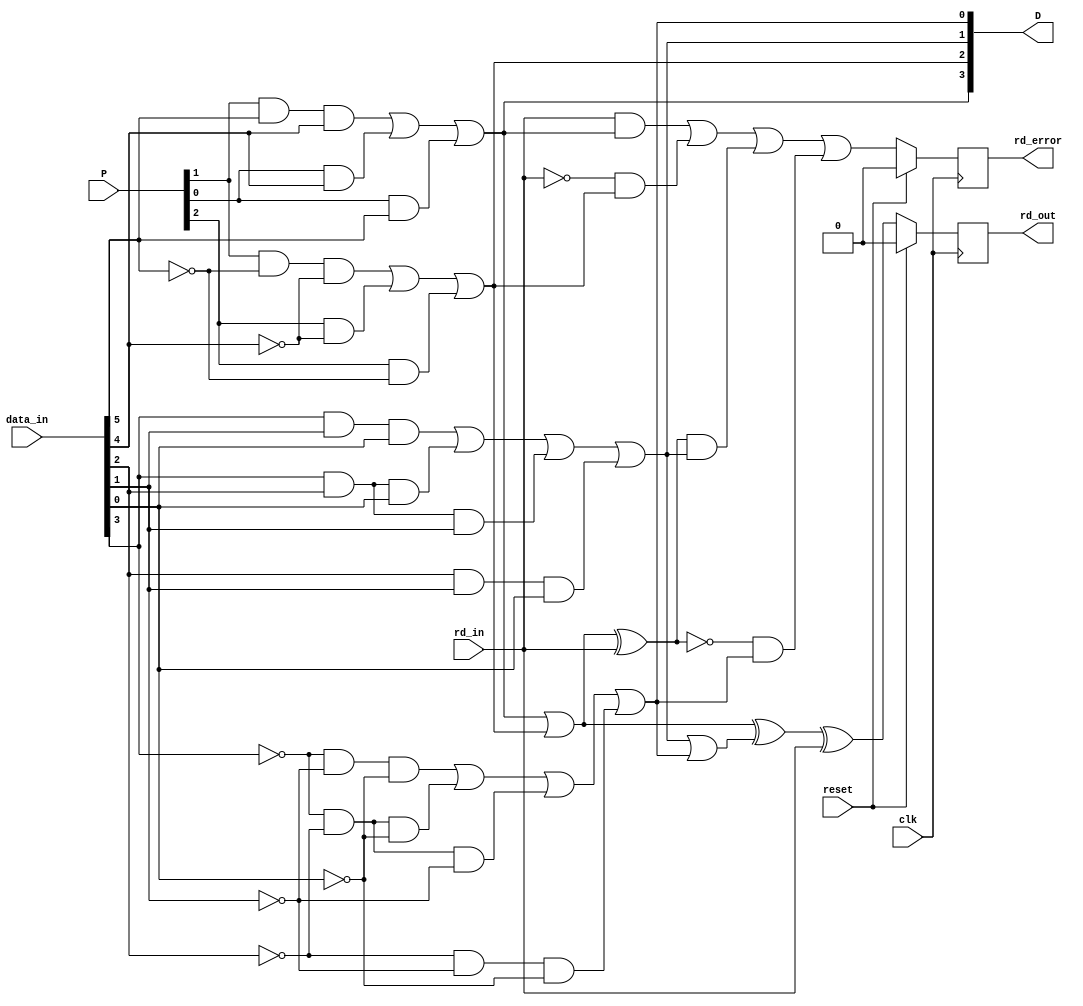
module disCtr2(
    input clk, 
    input reset,
    input [9:0] data_in,
    input rd_in,
    input [2:0] P,
    output [3:0] D,
    output reg rd_out,
    output reg rd_error
    );
    
    wire a, b, c, d, e, i, f, g, h, j;
    assign {a, b, c, d, e, i, f, g, h, j} = data_in;
    wire P13, P22, P31;
    assign {P13, P22, P31} = P;
    
    /* Disparity check for 6B/5B */
    // If either PD1S6 or ND1S6 is set, then RD6 is changed 
    wire PD1S6, ND0S6, ND1S6, PD0S6, RD6;
    assign PD1S6 = (P22 & ~e & ~i) | (P13 & ~i) | (P13 & d & e & i) | (P13 & ~e);
    assign ND1S6 = (P22 & e & i) | (P31 & i) | (P31 & ~d & ~e & ~i) | (P31 & e);
    assign PD0S6 = (P22 & e & i) | (P31 & i) | (P31 & e);
    assign ND0S6 = (P22 & ~e & ~i) | (P13 & ~i) | (P13 & ~e);
    assign RD6 = (PD0S6 | ND0S6);  
    /* Disparity check for 4B/3B */  
    // If either PD1S5 or ND1S4 is set, then RD4 is changed
    wire ND1S4, ND0S4, PD1S4, PD0S4, RD4, rd_in_s4;
    assign rd_in_s4 = RD6 ^ rd_in; 
    assign PD1S4 = (~f & ~h & ~j) | (~f & ~g & h & j) | (~f & ~g & ~j) |
                   (~f & ~g & ~h) | (~g & ~h & ~j) ;
    assign ND1S4 = (f & h & j) | (f & g & ~h & ~j) | (f & g & j) | 
                   (f & g & h) | (g & h & j) ;
    assign PD0S4 = (f & h & j) | (f & g & j) | (f & g & h) | (g & h & j);
    assign ND0S4 = (~f & ~h & ~j) |  (~f & ~g & ~j) | 
                   (~f & ~g & ~h) | (~g & ~h & ~j) ;
    assign RD4 = (PD0S4 | ND0S4);
    /* Disparity checking for error */
    always @(posedge clk) 
    begin
        if (reset) rd_error = 0;
        else
        rd_error <= (rd_in & PD0S6)       |   // rd_in is +, but dis of 6B/5B is +2
                    (~rd_in & ND0S6)      |   // rd_in is -, but dis of 6B/5B is -2
                    (rd_in_s4 & PD0S4)    |   // rd_in_s4 is +, but dis of 4B/3B is +2
                    (~rd_in_s4 & ND0S4)   ;   // rd_in_s4 is -, but dis of 4B/3B is -2   
    end
    /* Running disparity of the end */
    wire rd_cur;
    assign rd_cur = RD6 ^ RD4;          // Running disparity of current input
    always @(posedge clk) 
    begin
        if (reset) rd_out = 0;
        else rd_out <= rd_cur ^ rd_in;  // Use running disparity of current input to determine if we
                                        //  need to change entry running disparity of the next input.
    end
    assign D = {PD0S6, ND0S6, PD0S4, ND0S4};
endmodule